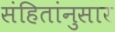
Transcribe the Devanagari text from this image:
संहितांनुसार